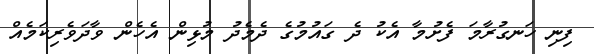
ފިނި ހަނގުރާމަ ފެށުމާ އެކު ދެ ގައުމުގެ ދެމެދު މުޅިން އެހެން ވާދަވެރިކަމެއް